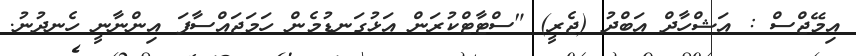
އިމޭޖްސް : އަޝްހާދް އަބްދު (ޖެރީ) "ސްޓާޓްކުރަން އަޅުގަނޑުމެން ހަމަޖައްސާފަ އިންނާނީ ހެނދުނު.